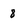
Character: 8